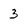
Character: 3